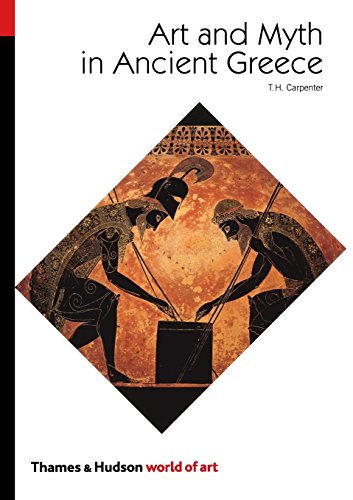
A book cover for Art and Myth in Ancient Greece (World of Art); Thomas H. Carpenter; Literature & Fiction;